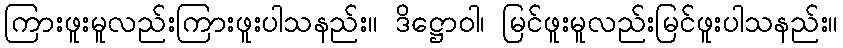
ကြားဖူးမူလည်းကြားဖူးပါသနည်း။ ဒိဋ္ဌောဝါ၊ မြင်ဖူးမူလည်းမြင်ဖူးပါသနည်း။